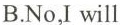
B.No,I will